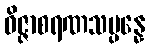
ဝိဇ္ဇာစရဏသမ္ပန္နေ